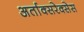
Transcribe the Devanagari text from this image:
अर्ताक्सरेक्सेस